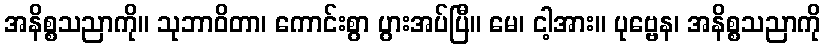
အနိစ္စသညာကို။ သုဘာဝိတာ၊ ကောင်းစွာ ပွားအပ်ပြီ။ မေ၊ ငါ့အား။ ပုဗ္ဗေန၊ အနိစ္စသညာကို